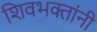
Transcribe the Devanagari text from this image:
शिवभक्तांनी